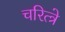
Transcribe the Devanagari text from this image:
चरित्त्रे